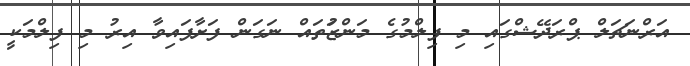
އަރްނަޗަލް ޕްރަދޭޝްގައި މި ފިލްމުގެ މަންޒަުތައް ނަގަން ފަށާފައިވާ އިރު މި ފިލްމަކީ